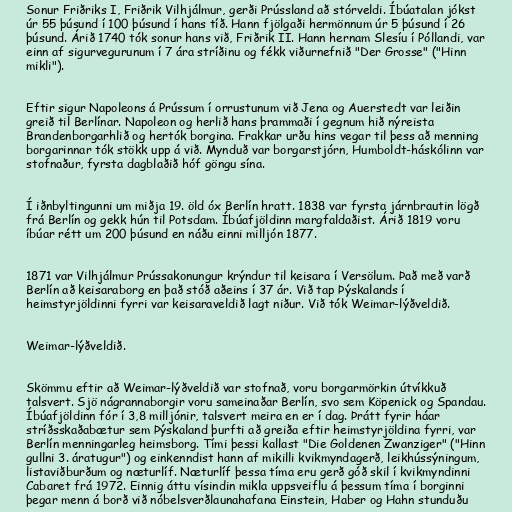
Sonur Friðriks I, Friðrik Vilhjálmur, gerði Prússland að stórveldi. Íbúatalan jókst
úr 55 þúsund í 100 þúsund í hans tíð. Hann fjölgaði hermönnum úr 5 þúsund í 26
þúsund. Árið 1740 tók sonur hans við, Friðrik II. Hann hernam Slesíu í Póllandi, var
einn af sigurvegurunum í 7 ára stríðinu og fékk viðurnefnið "Der Grosse" ("Hinn
mikli").

Eftir sigur Napoleons á Prússum í orrustunum við Jena og Auerstedt var leiðin
greið til Berlínar. Napoleon og herlið hans þrammaði í gegnum hið nýreista
Brandenborgarhlið og hertók borgina. Frakkar urðu hins vegar til þess að menning
borgarinnar tók stökk upp á við. Mynduð var borgarstjórn, Humboldt-háskólinn var
stofnaður, fyrsta dagblaðið hóf göngu sína.

Í iðnbyltingunni um miðja 19. öld óx Berlín hratt. 1838 var fyrsta járnbrautin lögð
frá Berlín og gekk hún til Potsdam. Íbúafjöldinn margfaldaðist. Árið 1819 voru
íbúar rétt um 200 þúsund en náðu einni milljón 1877.

1871 var Vilhjálmur Prússakonungur krýndur til keisara í Versölum. Það með varð
Berlín að keisaraborg en það stóð aðeins í 37 ár. Við tap Þýskalands í
heimstyrjöldinni fyrri var keisaraveldið lagt niður. Við tók Weimar-lýðveldið.

Weimar-lýðveldið.

Skömmu eftir að Weimar-lýðveldið var stofnað, voru borgarmörkin útvíkkuð
talsvert. Sjö nágrannaborgir voru sameinaðar Berlín, svo sem Köpenick og Spandau.
Íbúafjöldinn fór í 3,8 milljónir, talsvert meira en er í dag. Þrátt fyrir háar
stríðsskaðabætur sem Þýskaland þurfti að greiða eftir heimstyrjöldina fyrri, var
Berlín menningarleg heimsborg. Tími þessi kallast "Die Goldenen Zwanziger" ("Hinn
gullni 3. áratugur") og einkenndist hann af mikilli kvikmyndagerð, leikhússýningum,
listaviðburðum og næturlíf. Næturlíf þessa tíma eru gerð góð skil í kvikmyndinni
Cabaret frá 1972. Einnig áttu vísindin mikla uppsveiflu á þessum tíma í borginni
þegar menn á borð við nóbelsverðlaunahafana Einstein, Haber og Hahn stunduðu